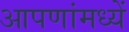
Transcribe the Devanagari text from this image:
आपणांमध्यें